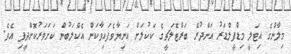
މިލާންގެ އިޓަލީ މިޑްފީލްޑަރު އަންދުރޭ ބަރްޓޮލަޗީގެ ކަކުލަށް އަނިޔާވެފައިވާކަން އެކްލަބުން ކަށަވަރުކޮށްދީފި އެވެ.